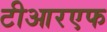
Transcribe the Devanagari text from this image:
टीआरएफ